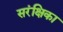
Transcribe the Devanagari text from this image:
सरंक्षिका